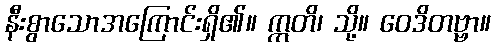
နီးစွာသောအကြောင်းရှိ၏။ ဣတိ၊ သို့။ ဝေဒိတဗ္ဗာ။